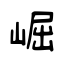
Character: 崛